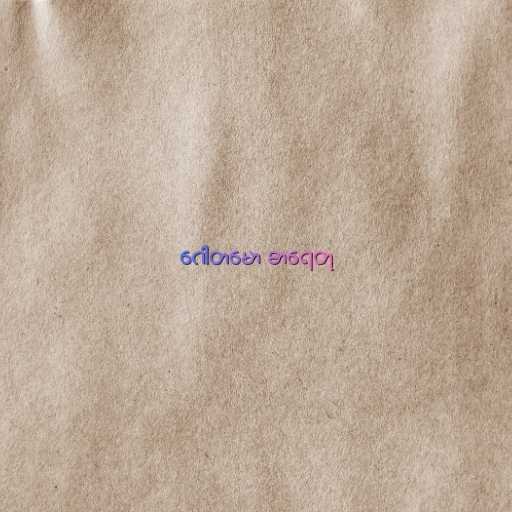
ဂေါတမော ဓာရေတု